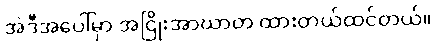
အဲဒီအပေါ်မှာ အငြိုးအာဃာတ ထားတယ်ထင်တယ်။